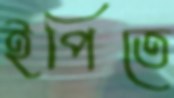
ইপিতে